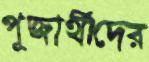
পূজার্থীদের